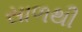
સાળથી